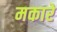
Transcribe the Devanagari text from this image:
मकारे